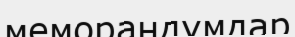
меморандумдар